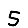
Digit: 5